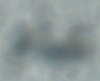
عام